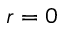
r = 0